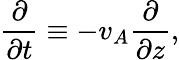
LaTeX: \frac{\partial}{\partial t}\equiv-v_{A}\frac{\partial}{\partial z},